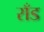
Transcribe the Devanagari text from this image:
राँड